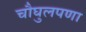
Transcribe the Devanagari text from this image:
चौघुलपणा